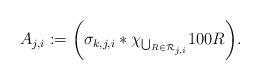
LaTeX: \begin{align*}A_{j, i}:=\bigg(\sigma_{k, j, i}\ast\chi_{\bigcup_{R\in\mathcal{R}_{j, i}}}100R\bigg).\end{align*}